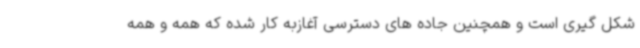
شکل گیری است و همچنین جاده های دسترسی آغازبه کار شده که همه و همه